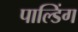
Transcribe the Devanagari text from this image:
पाल्डिंग